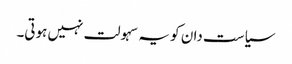
سیاست دان کو یہ سہولت نہیں ہوتی۔